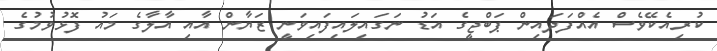
ކުރިއެކޭވެސް އެއްފަދައިން ޕަބްޖީގެ އަޑު ނަގައިލައިފައިވަނީ ޒަޔާން އާއި އާލާގެ މައު ފޮޅުވުމުގެ